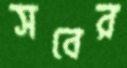
সবের